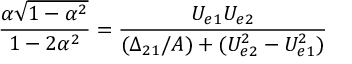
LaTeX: \frac { \alpha \sqrt { 1 - \alpha ^ { 2 } } } { 1 - 2 \alpha ^ { 2 } } = \frac { U _ { e 1 } U _ { e 2 } } { ( \Delta _ { 2 1 } / A ) + ( U _ { e 2 } ^ { 2 } - U _ { e 1 } ^ { 2 } ) }